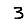
Digit: 3